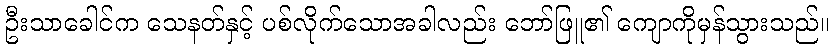
ဦးသာခေါင်က သေနတ်နှင့် ပစ်လိုက်သောအခါလည်း ဘော်ဖြူ၏ ကျောကိုမှန်သွားသည်။